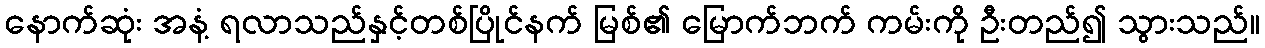
နောက်ဆုံး အနံ့ ရလာသည်နှင့်တစ်ပြိုင်နက် မြစ်၏ မြောက်ဘက် ကမ်းကို ဦးတည်၍ သွားသည်။